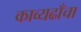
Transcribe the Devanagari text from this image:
काव्यढाँचा